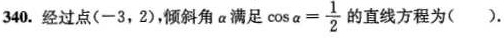
340.经过点(-3，2)，倾斜角α满足 $$\cos \alpha = \frac { 1 } { 2 }$$ 的直线方程为( ).